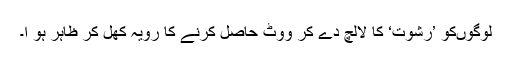
لوگوںکو ’رشوت‘ کا لالچ دے کر ووٹ حاصل کرنے کا رویہ کھل کر ظاہر ہو ا۔